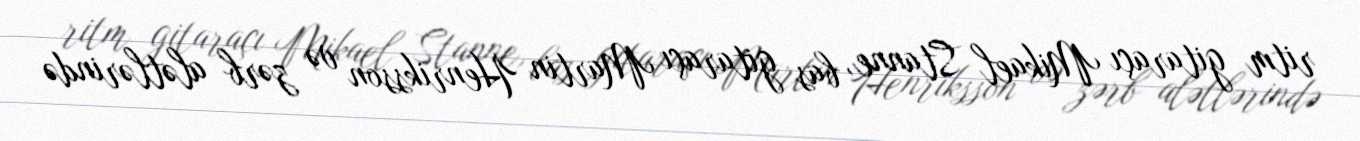
ritm gitaraçı Mikael Stanne, bas gitaraçı Martin Henriksson və zərb alətlərində